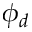
\phi _ { d }